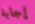
إجابة